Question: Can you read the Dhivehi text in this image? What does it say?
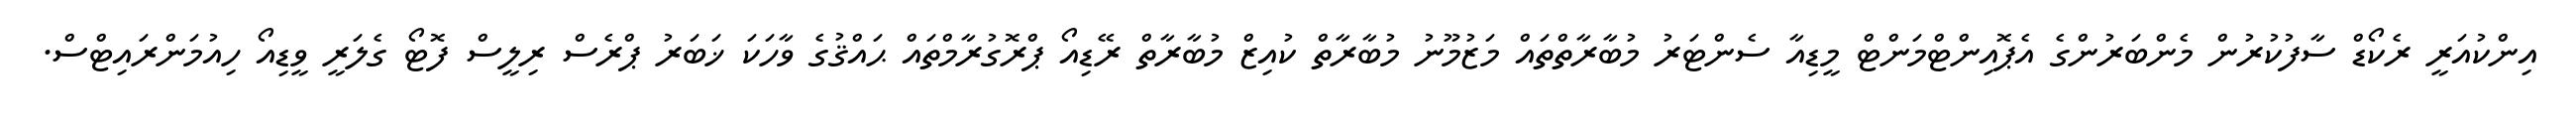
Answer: އިންކުއަރީ ރެކޯޑް ސާފުކުރުން މެންބަރުންގެ އެޕޮއިންޓްމަންޓް މީޑިއާ ސެންޓަރު މުބާރާތްތައް މަޒުމޫނު މުބާރާތް ކުއިޒް މުބާރާތް ރޭޑިއޯ ޕްރޮގުރާމްތައް ޙައްޤުގެ ވާހަކަ ޚަބަރު ޕްރެސް ރިލީސް ފޮޓޯ ގެލަރީ ވީޑިއޯ ހިއުމަންރައިޓްސް.